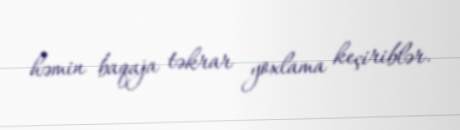
həmin baqaja təkrar yoxlama keçiriblər.